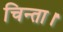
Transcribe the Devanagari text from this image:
चिन्ता।